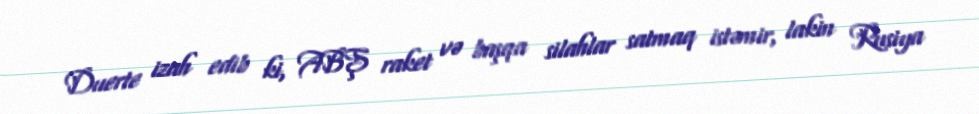
Duerte izah edib ki, ABŞ raket və başqa silahlar satmaq istəmir, lakin Rusiya